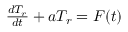
\begin{array} { r } { \frac { d T _ { r } } { d t } + a T _ { r } = F ( t ) } \end{array}